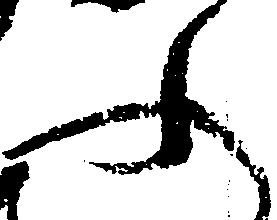
ふ